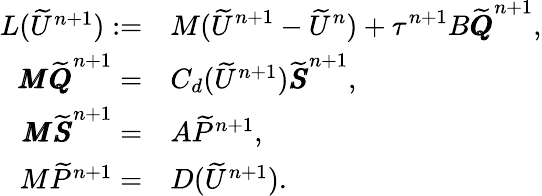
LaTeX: \begin{array}{rl}{L(\widetilde{U}^{n+1}):=}&{M\displaystyle(\widetilde{U}^{n+1}-\widetilde{U}^{n})+\tau^{n+1}B\widetilde{\pmb{Q}}^{n+1},}\\ {\pmb{M}\widetilde{\pmb{Q}}^{n+1}=}&{C_{d}(\widetilde{U}^{n+1})\widetilde{\pmb{S}}^{n+1},}\\ {\pmb{M}\widetilde{\pmb{S}}^{n+1}=}&{A\widetilde{P}^{n+1},}\\ {M\widetilde{P}^{n+1}=}&{D(\widetilde{U}^{n+1}).}\end{array}